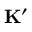
\mathbf { K } ^ { \prime }